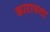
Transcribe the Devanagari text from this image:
काटायला